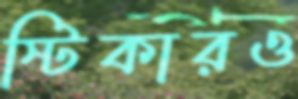
স্টিকারও